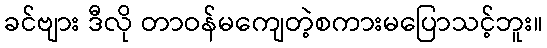
ခင်ဗျား ဒီလို တာဝန်မကျေတဲ့စကားမပြောသင့်ဘူး။